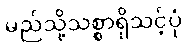
မည်သို့သစ္စာရှိသင့်ပုံ